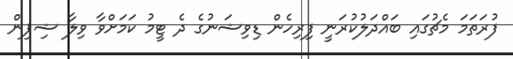
ފުރަތަމަ މެޗުގައި ބައްދަލުކުރަނީ ފިރިހެން ޑިވިޝަނުގެ ދެ ޓީމު ކަމަށްވާ ވިލާ ޝިޕިން